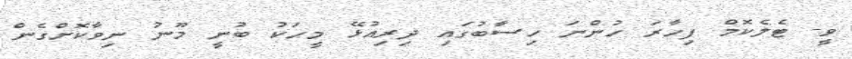
ވީ- ޓެލެކޮމް ފިހާރަ ހުންނަ ހިސާބުގައި ދިރިއުޅޭ މީހަކު ބުނީ މޫނު ނިވާކޮށްގެން